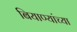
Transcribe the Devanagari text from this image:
बियाण्यांच्या